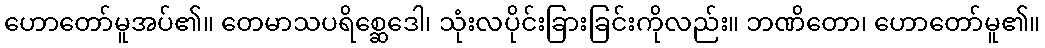
ဟောတော်မူအပ်၏။ တေမာသပရိစ္ဆေဒေါ၊ သုံးလပိုင်းခြားခြင်းကိုလည်း။ ဘဏိတော၊ ဟောတော်မူ၏။